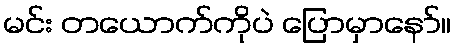
မင်း တယောက်ကိုပဲ ပြောမှာနော်။